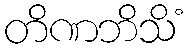
တိဏဘိသိံ